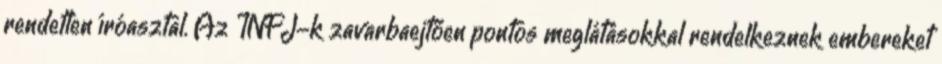
rendetlen íróasztal. Az INFJ-k zavarbaejtően pontos meglátásokkal rendelkeznek embereket